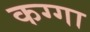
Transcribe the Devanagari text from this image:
कग्गा